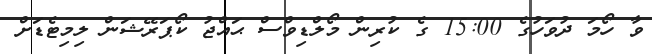
ވާ ހޯމަ ދުވަހުގެ 15:00 ގެ ކުރިން މޯލްޑިވްސް ޙައްޖު ކޯޕަރޭޝަން ލިމިޓެޑަށް